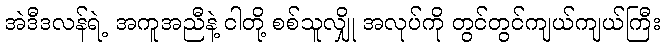
အဲဒီဒလန်ရဲ့ အကူအညီနဲ့ ငါတို့ စစ်သူလျှို အလုပ်ကို တွင်တွင်ကျယ်ကျယ်ကြီး